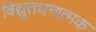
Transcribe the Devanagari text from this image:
विद्युतधनात्मक